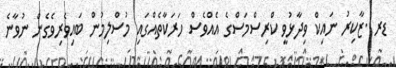
ޑރ .ޒާކިރު ނައިކް ވިދާޅުވީ ކްރިސްމަސްގެ އެއްވެސް ހަރަކާތެއްގައި މުސްލިމުން ބައިވެރިވެގެން ނުވާނެ